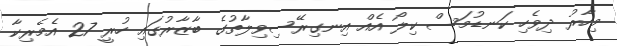
މިހާރު ދިވެހި ކަނޑުމަސް ކިލޯ އެއް އިނގިރޭސިވިލާތުގެ ބާޒާރުގައި ހުރީ 27 އެމެރިކާ